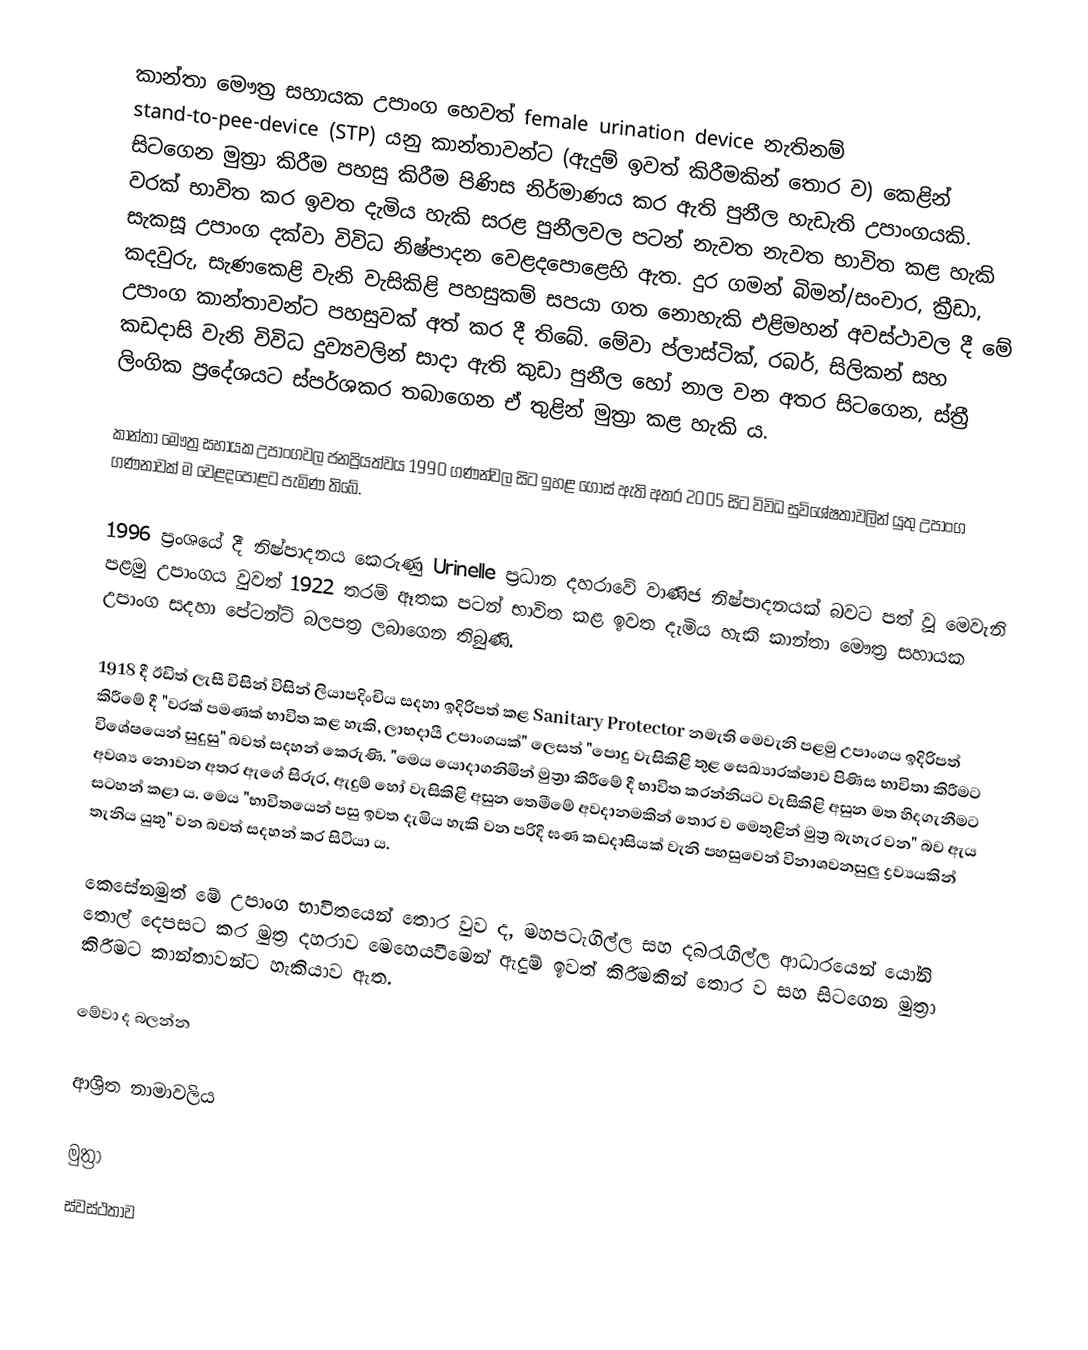
කාන්තා මෞත්‍ර සහායක උපාංග හෙවත් female urination device නැතිනම් stand-to-pee-device (STP) යනු කාන්තාවන්ට (ඇදුම් ඉවත් කිරීමකින් තොර ව) කෙළින් සිටගෙන මුත්‍රා කිරීම පහසු කිරීම පිණිස නිර්මාණය කර ඇති පුනීල හැඩැති උපාංගයකි.  වරක් භාවිත කර ඉවත දැමිය හැකි  සරළ පුනීලවල පටන් නැවත නැවත භාවිත කළ හැකි සැකසූ උපාංග දක්වා විවිධ නිෂ්පාදන වෙළදපොළෙහි ඇත. දුර ගමන් බිමන්/සංචාර, ක්‍රීඩා, කදවුරු, සැණකෙළි වැනි වැසිකිළි පහසුකම් සපයා ගත නොහැකි එළිමහන් අවස්ථාවල දී මේ උපාංග කාන්තාවන්ට පහසුවක් අත් කර දී තිබේ. මේවා ප්ලාස්ටික්, රබර්, සිලිකන් සහ කඩදාසි වැනි විවිධ දුව්‍යවලින් සාදා ඇති කුඩා පුනීල හෝ නාල වන අතර සිටගෙන, ස්ත්‍රී ලිංගික ප්‍රදේශයට ස්පර්ශකර තබාගෙන ඒ තුළින් මුත්‍රා කළ හැකි ය.

කාන්තා මෞත්‍ර සහායක උපාංගවල ජනප්‍රියත්වය 1990 ගණන්වල සිට ඉහළ ගොස් ඇති අතර 2005 සිට විවිධ සුවිශේෂතාවලින් යුතු උපාංග ගණනාවක් ම වෙළදපොළට පැමිණ තිබේ.

1996 ප්‍රංශයේ දී නිෂ්පාදනය කෙරුණු  Urinelle ප්‍රධාන දහරාවේ වාණිජ නිෂ්පාදනයක් බවට පත් වූ මෙවැනි පළමු උපාංගය වුවත් 1922 තරම් ඈතක පටන් භාවිත කළ ඉවත දැමිය හැකි කාන්තා මෞත්‍ර සහායක උපාංග සදහා පේටන්ට් බලපත්‍ර ලබාගෙන තිබුණි.

1918 දී ඊඩිත් ලැසී විසින් විසින් ලියාපදිංචිය සදහා ඉදිරිපත් කළ Sanitary Protector නමැති මෙවැනි පළමු උපාංගය ඉදිරිපත් කිරීමේ දී "වරක් පමණක් භාවිත කළ හැකි, ලාභදායී උපාංගයක්" ලෙසත්  "පොදු වැසිකිළි තුළ සෙඛ්‍යාරක්ෂාව පිණිස භාවිතා කිරීමට විශේෂයෙන් සුදුසු" බවත් සදහන් කෙරුණි. "මෙය යොදාගනිමින් මුත්‍රා කිරීමේ දී භාවිත කරන්නියට වැසිකිළි අසුන මත හිදගැනීමට අවශ්‍ය නොවන අතර ඇගේ සිරුර, ඇදුම් හෝ වැසිකිළි අසුන තෙමීමේ අවදානමකින් තොර ව මෙතුළින් මුත්‍ර බැහැර වන" බව ඇය සටහන් කළා ය. මෙය "භාවිතයෙන් පසු ඉවත දැමිය හැකි වන පරිදි ඝණ කඩදාසියක් වැනි පහසුවෙන් විනාශවනසුලු   ද්‍රව්‍යයකින් තැනිය යුතු" වන බවත් සදහන් කර සිටියා ය.

කෙසේනමුත් මේ උපාංග භාවිතයෙන් තොර වුව ද, මහපටැගිල්ල සහ දබරැගිල්ල ආධාරයෙන් යෝනි තොල් දෙපසට කර මුත්‍ර දහරාව මෙහෙයවීමෙන් ඇදුම් ඉවත් කිරීමකින් තොර ව සහ සිටගෙන මුත්‍රා කිරීමට කාන්තාවන්ට හැකියාව ඇත.

මේවා ද බලන්න

ආශ්‍රිත නාමාවලිය

මුත්‍රා
ස්වස්ථතාව